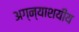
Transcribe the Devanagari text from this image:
अग्न्याशयीय